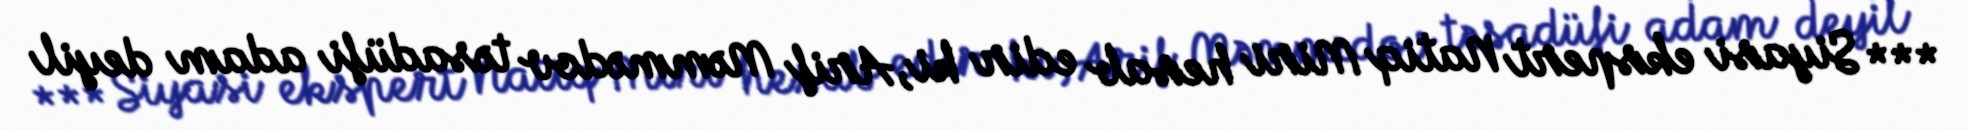
*** Siyasi ekspert Natiq Miri hesab edir ki, Arif Məmmədov təsadüfi adam deyil